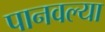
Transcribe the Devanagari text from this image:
पानवल्या